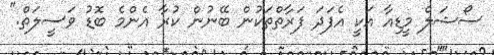
ސޯޝަލް މީޑިއާ އަކީ އެފަދަ ފަރާތްތަކުން ބޭނުން ކުރާ އެންމެ ބޮޑު ވަސީލަތް."